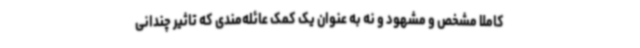
کاملا مشخص و مشهود و نه به عنوان یک کمک عائله‌مندی که تاثیر چندانی